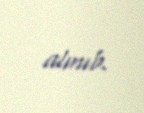
alınıb.